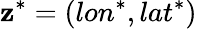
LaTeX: \mathbf{z}^{\ast}=(lon^{\ast},lat^{\ast})